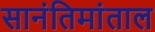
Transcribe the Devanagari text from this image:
सानंतिमांताल